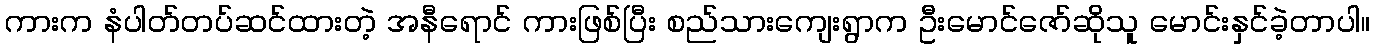
ကားက နံပါတ်တပ်ဆင်ထားတဲ့ အနီရောင် ကားဖြစ်ပြီး စည်သားကျေးရွာက ဦးမောင်ဇော်ဆိုသူ မောင်းနှင်ခဲ့တာပါ။